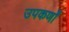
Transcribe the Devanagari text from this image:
उपकर्णों